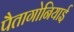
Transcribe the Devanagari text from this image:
पैतागोनियाई